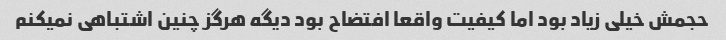
حجمش خیلی زیاد بود اما کیفیت واقعا افتضاح بود دیگه هرگز چنین اشتباهی نمیکنم